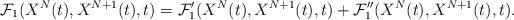
LaTeX: \begin{align*}\mathcal{F}_1(X^N(t), X^{N+1}(t),t)=\mathcal{F}_1'(X^N(t), X^{N+1}(t),t)+\mathcal{F}_1''(X^N(t), X^{N+1}(t),t). \end{align*}